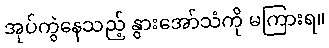
အုပ်ကွဲနေသည့် နွားအော်သံကို မကြားရ။